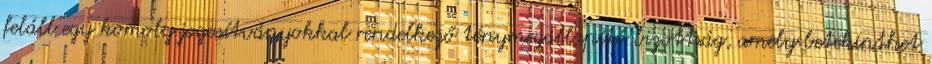
feláll egy komoly jogosítványokkal rendelkező ténymegállapító bizottság, amely betekinthet